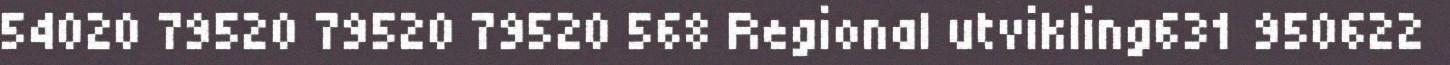
54020 79520 79520 79520 568 Regional utvikling631 950622